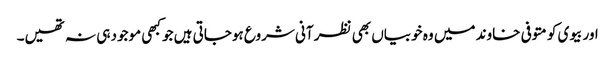
اور بیوی کو متوفی خاوند میں وہ خوبیاں بھی نظر آنی شروع ہوجاتی ہیں جو کبھی موجود ہی نہ تھیں۔